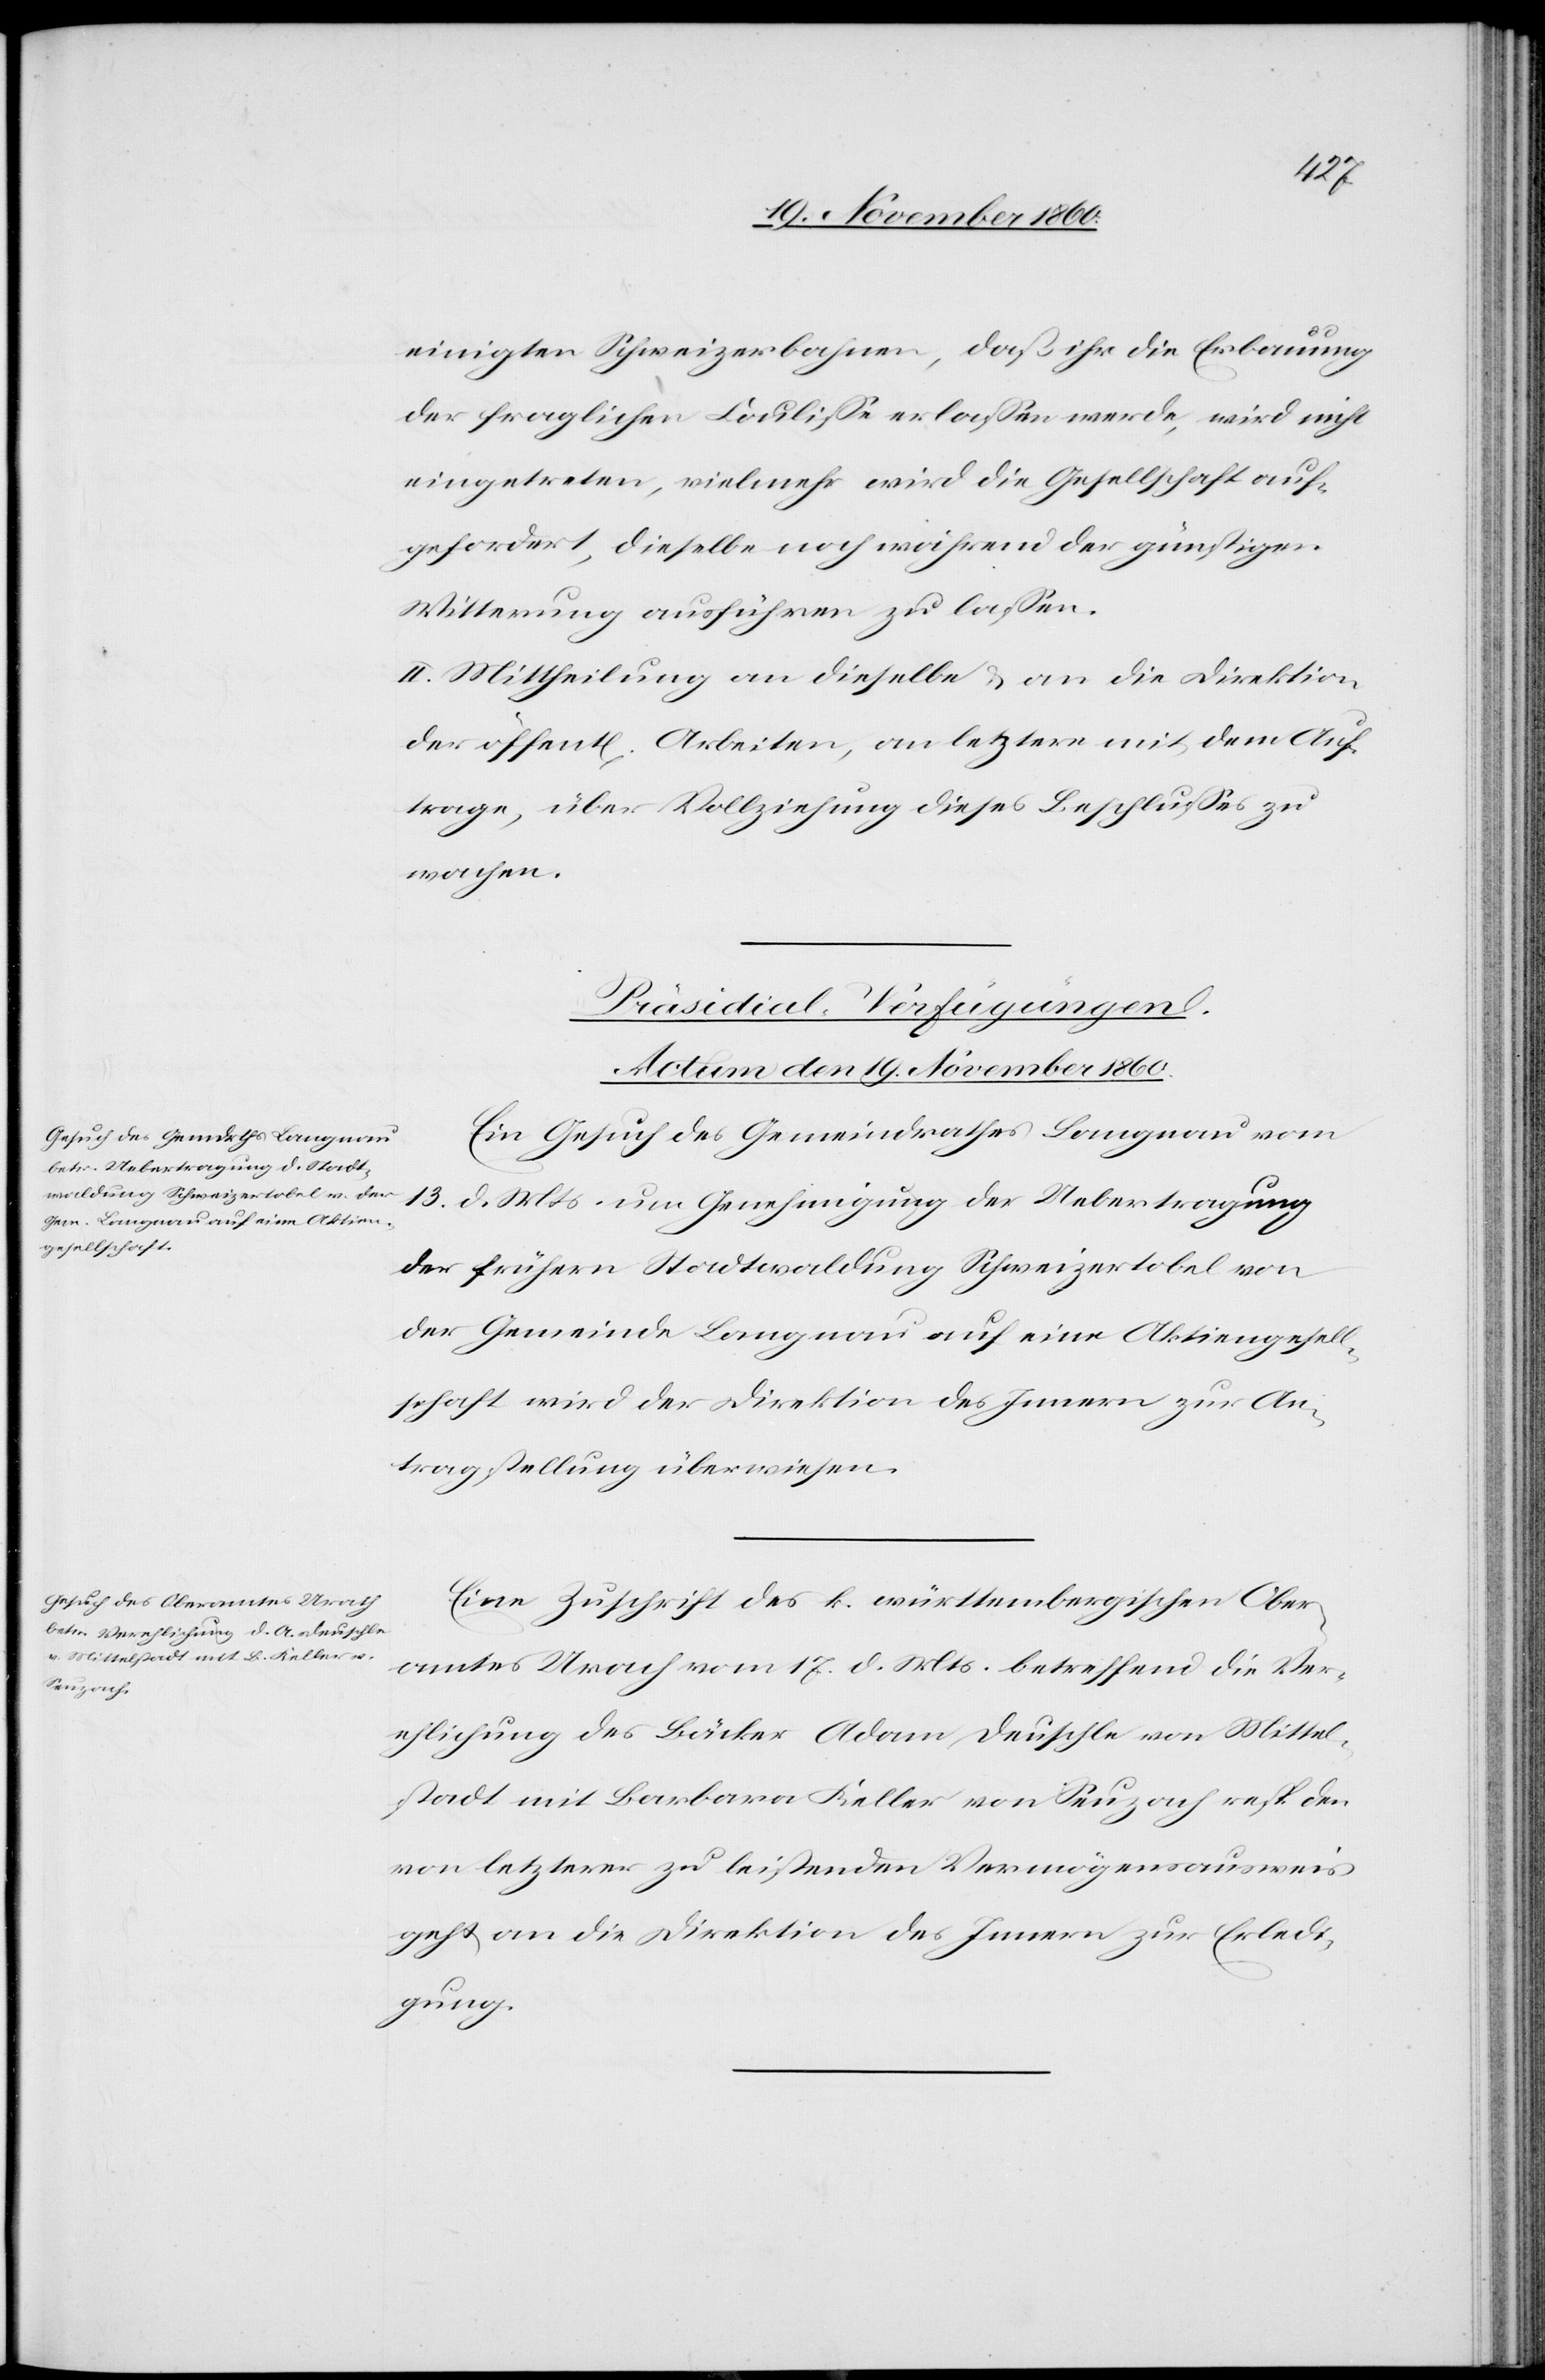
einigten Schweizerbahnen, daß ihr die Erbauung
der fraglichen Coulisse erlassen werde, wird nicht
eingetreten, vielmehr wird die Gesellschaft auf¬
gefordert, dieselbe noch während der günstigen
Witterung ausführen zu lassen.
II. Mittheilung an dieselbe u. an die Direktion
der öffent[lichen] Arbeiten, an letztere mit dem Auf¬
trage, über Vollziehung dieses Beschlusses zu
wachen.
[Präsidial-Verfügungen.
Actum den 19. November 1860.]
Ein Gesuch des Gemeindrathes Langnau vom
3. d. Mts. um Genehmigung der Uebetragung
der frühern Stadtwaldung Schweizertobel von
der Gemeinde Langnau auf eine Aktiengesell¬
schaft wird der Direktion des Innern zur An¬
tragstellung überwiesen.
Eine Zuschrift des k. württembergischen Ober¬
amtes Urach vom 17. d. Mts. betreffend die Ver¬
ehlichung des Bäcker Adam Deutschle von Mittel¬
stadt mit Barbara Keller von Seuzach resp. den
von letzterer zu leistenden Vermögensausweis
geht an die Direktion des Innern zur Erledi¬
gung.